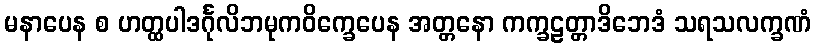
မနာပေန စ ဟတ္ထပါဒင်္ဂုလိဘမုကဝိက္ခေပေန အတ္တနော ကက္ခဠတ္တာဒိဘေဒံ သရသလက္ခဏံ